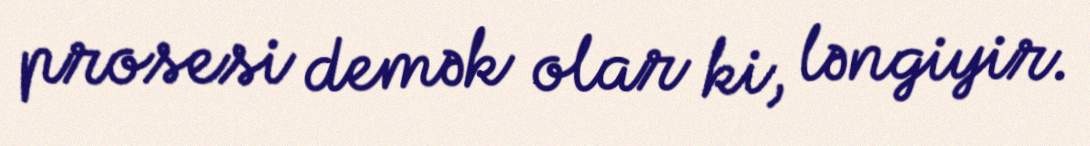
prosesi demək olar ki, ləngiyir.